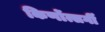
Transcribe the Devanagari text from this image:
किर्णोत्सर्गी